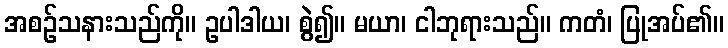
အစဉ်သနားသည်ကို။ ဥပါဒါယ၊ စွဲ၍။ မယာ၊ ငါဘုရားသည်။ ကတံ၊ ပြုအပ်၏။